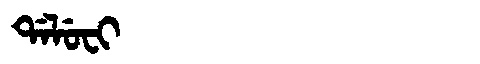
Manchu: ᡩᠠᠯᡠᠸᡳ
Romanization: DALUFI